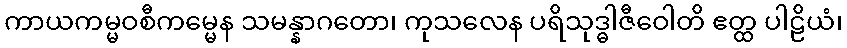
ကာယကမ္မဝစီကမ္မေန သမန္နာဂတော၊ ကုသလေန ပရိသုဒ္ဓါဇီဝေါတိ ဧတ္ထ ပါဠိယံ၊